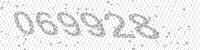
Solution: 069928